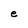
Character: e